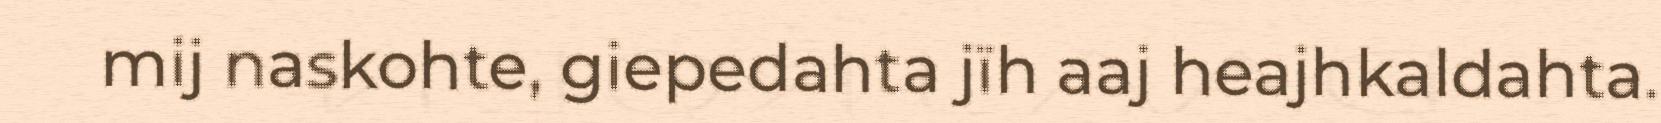
mij naskohte, giepedahta jïh aaj heajhkaldahta.